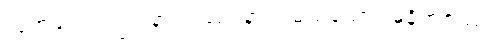
လူအများသည်။ နာရဒဿ၊ နာရဒမည်သော။ မုနိရာဇဿ၊